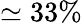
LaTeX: \simeq 33\%